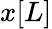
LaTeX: x[L]